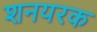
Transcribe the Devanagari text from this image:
शनयरक